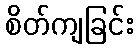
စိတ်ကျခြင်း